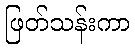
ဖြတ်သန်းကာ